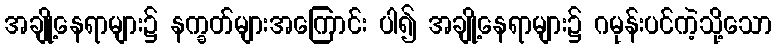
အချို့နေရာများ၌ နက္ခတ်များအကြောင်း ပါ၍ အချို့နေရာများ၌ ဂမုန်းပင်ကဲ့သို့သော